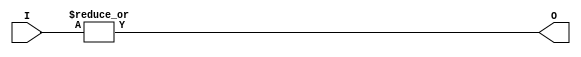
`timescale 1ns / 1ps
//////////////////////////////////////////////////////////////////////////////////
// Company: 
// Engineer: 
// 
// Design Name: 
// Module Name:    collapse_or5 
// Project Name: 
// Target Devices: 
// Tool versions: 
// Description: 
//
// Dependencies: 
//
// Revision: 
// Revision 0.01 - File Created
// Additional Comments: 
//
//////////////////////////////////////////////////////////////////////////////////
module collapse_or5(
    input [4:0] I,
    output O
    );
	 
	 assign O = | I[4:0];


endmodule